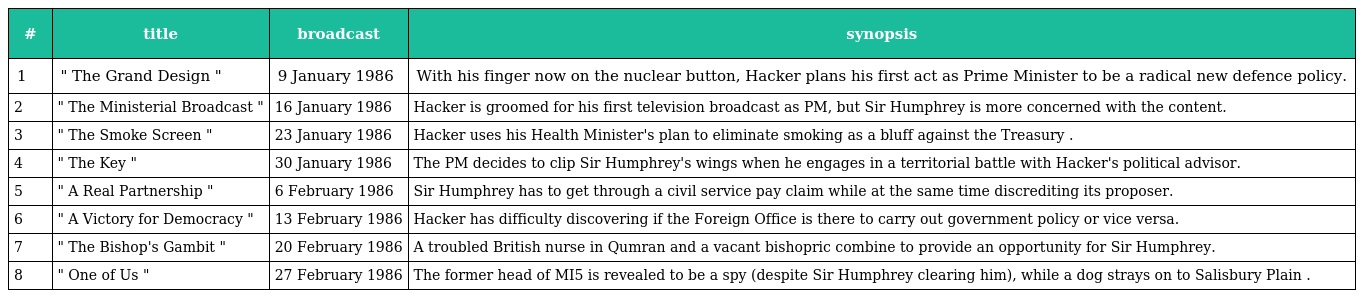
| # | title | broadcast | synopsis |
 | --- | --- | --- | --- |
 | 1 | " The Grand Design " | 9 January 1986 | With his finger now on the nuclear button, Hacker plans his first act as Prime Minister to be a radical new defence policy. |
 | 2 | " The Ministerial Broadcast " | 16 January 1986 | Hacker is groomed for his first television broadcast as PM, but Sir Humphrey is more concerned with the content. |
 | 3 | " The Smoke Screen " | 23 January 1986 | Hacker uses his Health Minister's plan to eliminate smoking as a bluff against the Treasury . |
 | 4 | " The Key " | 30 January 1986 | The PM decides to clip Sir Humphrey's wings when he engages in a territorial battle with Hacker's political advisor. |
 | 5 | " A Real Partnership " | 6 February 1986 | Sir Humphrey has to get through a civil service pay claim while at the same time discrediting its proposer. |
 | 6 | " A Victory for Democracy " | 13 February 1986 | Hacker has difficulty discovering if the Foreign Office is there to carry out government policy or vice versa. |
 | 7 | " The Bishop's Gambit " | 20 February 1986 | A troubled British nurse in Qumran and a vacant bishopric combine to provide an opportunity for Sir Humphrey. |
 | 8 | " One of Us " | 27 February 1986 | The former head of MI5 is revealed to be a spy (despite Sir Humphrey clearing him), while a dog strays on to Salisbury Plain . |